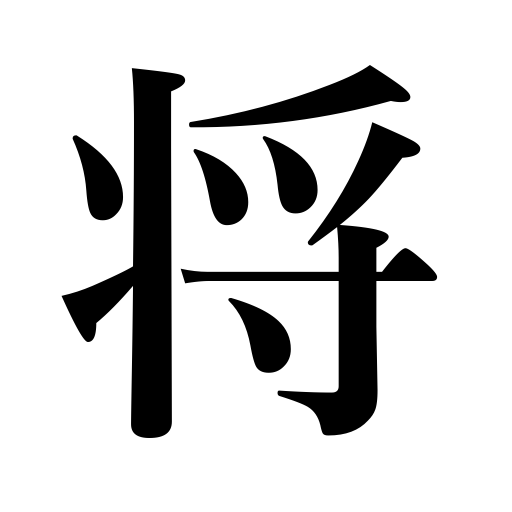
Meanings: admiral,commander,general